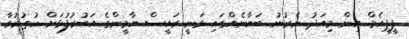
ޕީޕީއެމް އިން މިއަދު ނެރުނު ބަޔާނެއްގައި ވަނީ ރައީސް ޔާމީންގެ އަބުރުފުޅަށް ހުތުރުވާ